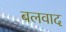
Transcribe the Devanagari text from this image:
बलवाद